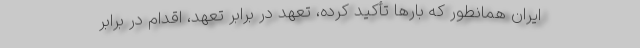
ایران همانطور که بارها تأکید کرده، تعهد در برابر تعهد، اقدام در برابر